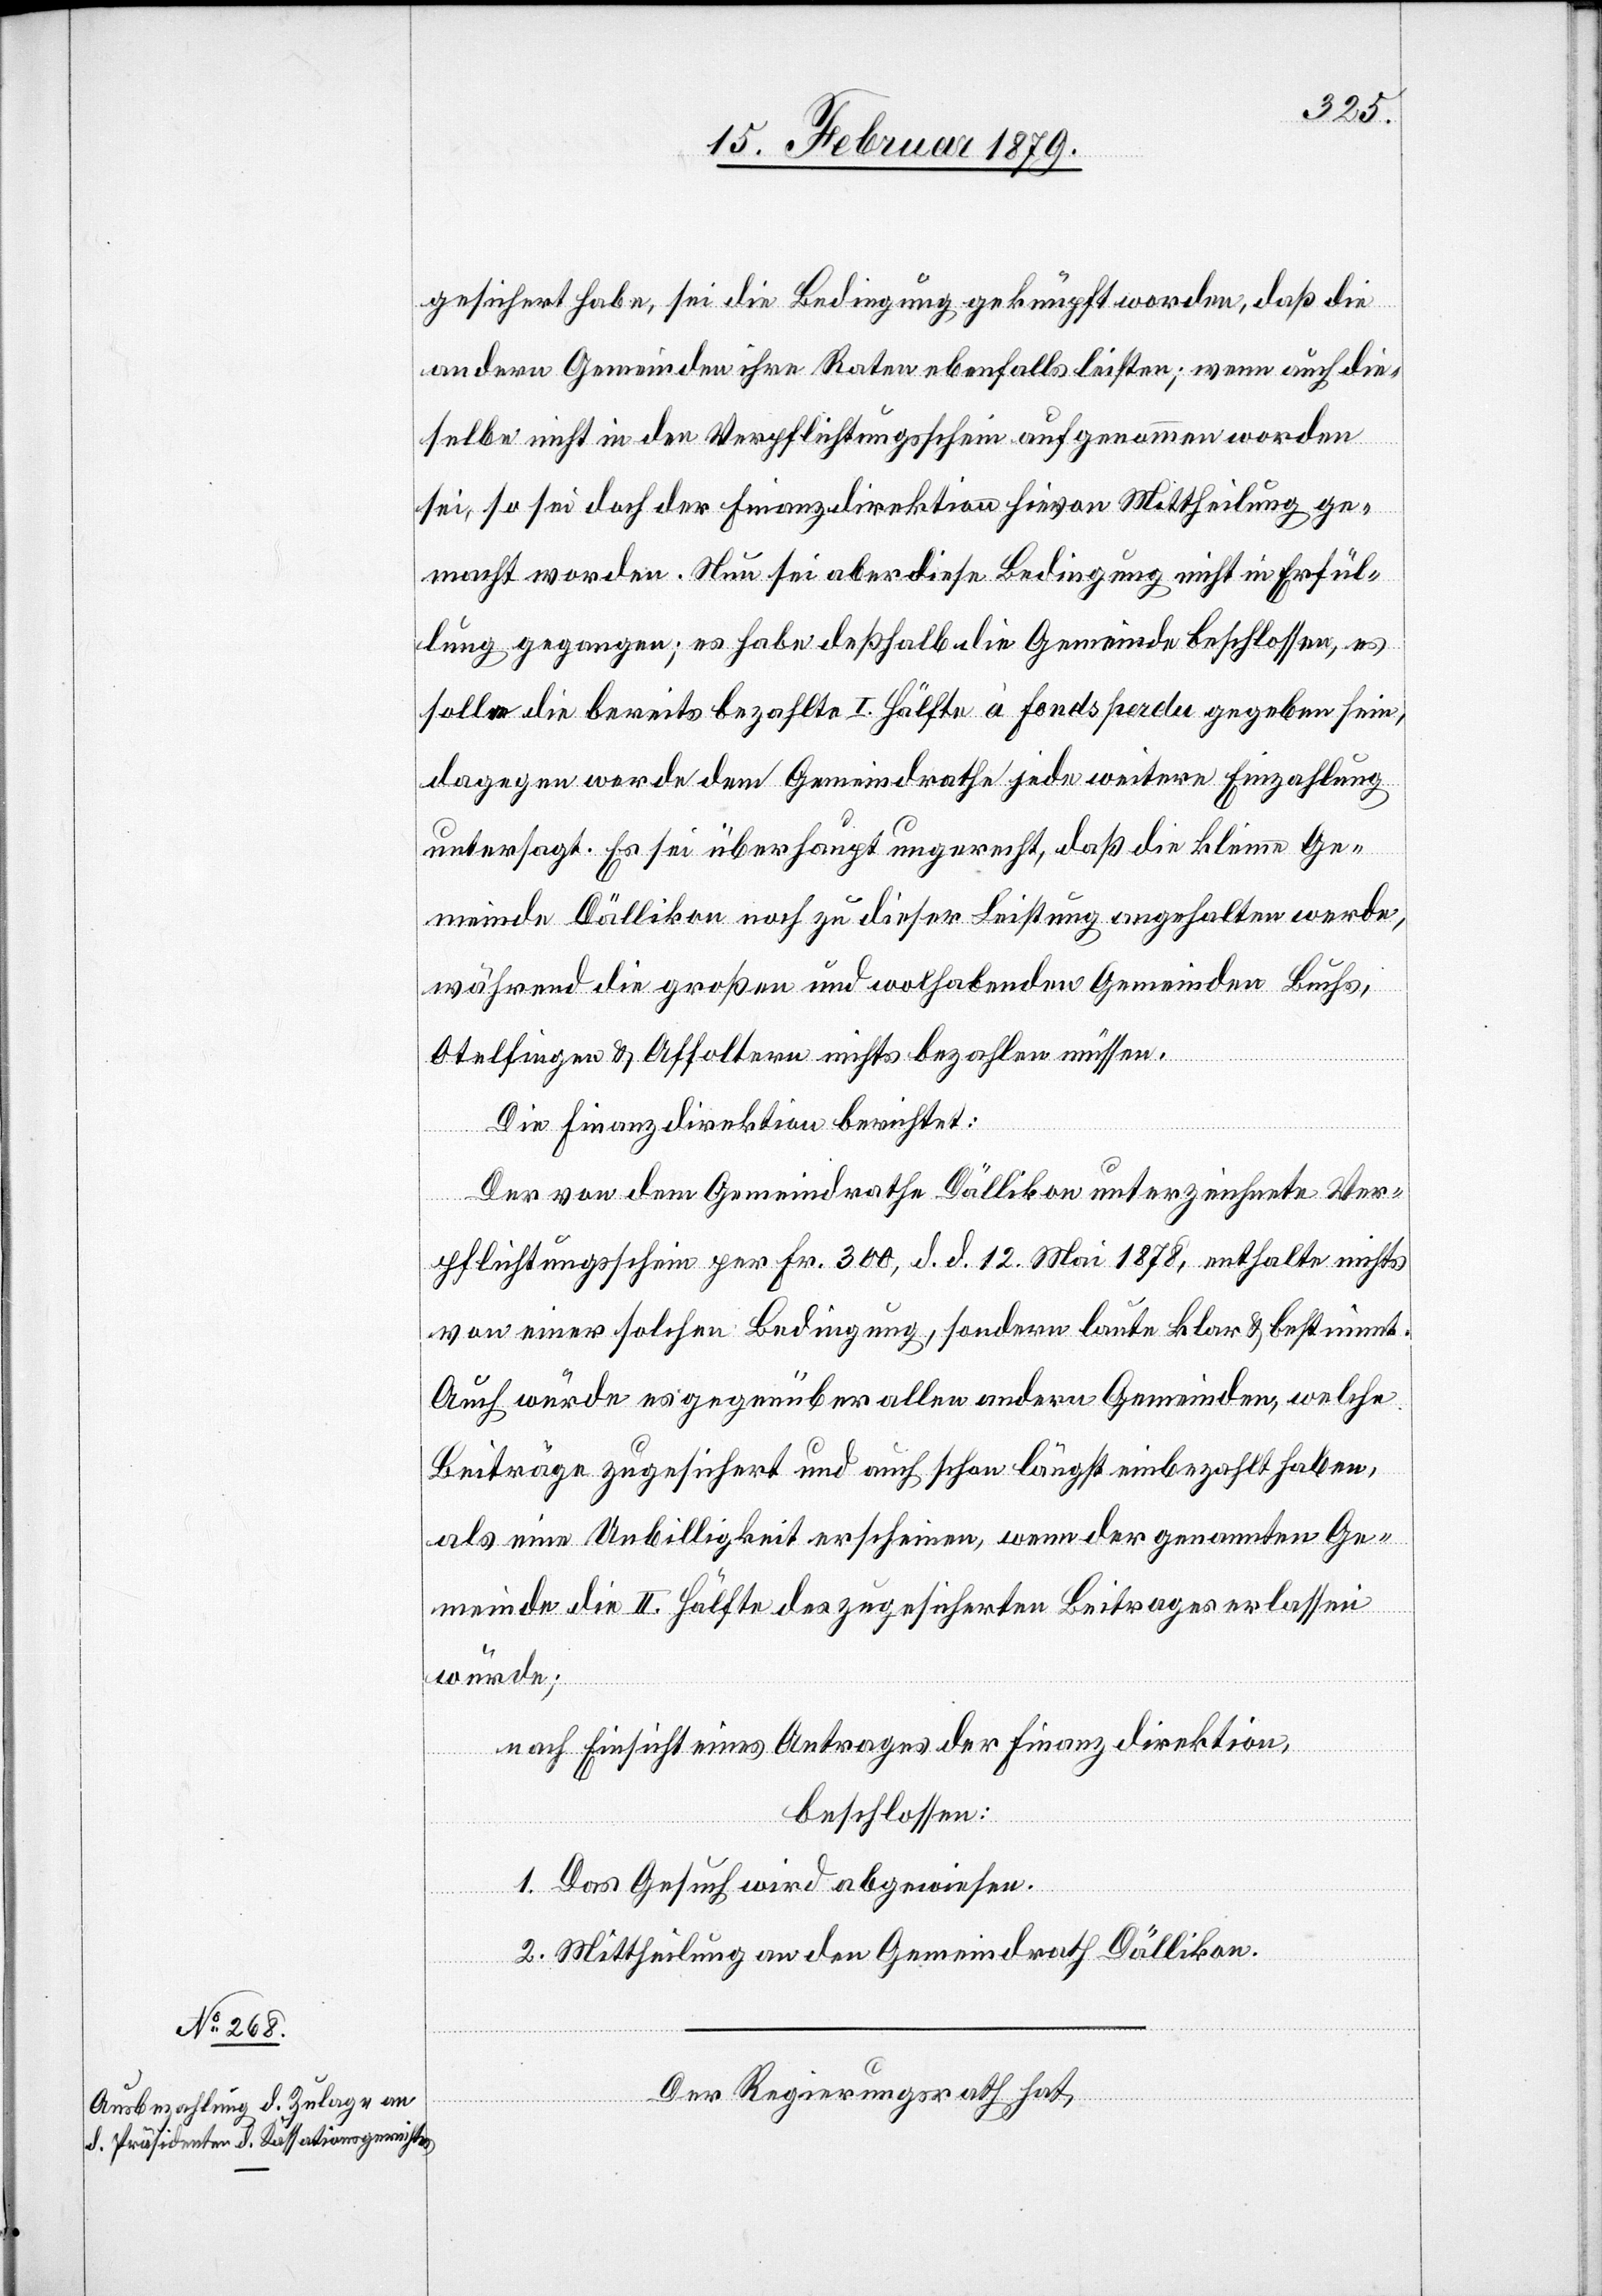
gesichert habe, sei die Bedingung geknüpft worden, daß die
andern Gemeinden ihre Raten ebenfalls leisten; wenn auch die¬
selbe nicht in den Verpflichtungsschein aufgenommen worden
sei, so sei doch der Finanzdirektion hievon Mittheilung ge¬
macht worden. Nun sei aber diese Bedingung nicht in Erfül¬
lung gegangen; es habe deßhalb die Gemeinde beschlossen, es
solle die bereits bezahlte I. Hälfte à fonds perdu gegeben sein,
dagegen werde dem Gemeindrathe jede weitere Einzahlung
untersagt. Es sei überhaupt ungerecht, daß die kleine Ge¬
meinde Dällikon noch zu dieser Leistung angehalten werde,
während die großen und wohlhabenden Gemeinden Buchs,
Otelfingen & Affoltern nichts bezahlen müssen.
Die Finanzdirektion berichtet:
Der von dem Gemeindrathe Dällikon unterzeichnete Ver¬
pflichtungsschein per Fr. 300, d. d. 12. Mai 1878, enthalte nichts
von einer solchen Bedingung, sondern laute klar & bestimmt.
Auch würde es gegenüber allen andern Gemeinden, welche
Beiträge zugesichert und auch schon längst einbezahlt haben,
als eine Unbilligkeit erscheinen, wenn der genannten Ge¬
meinde die II. Hälfte des zugesicherten Beitrages erlassen
würde;
nach Einsicht eines Antrages der Finanzdirektion,
beschlossen:
1. Das Gesuch wird abgewiesen.
2. Mittheilung an den Gemeindrath Dällikon.
Der Regierungsrath hat,